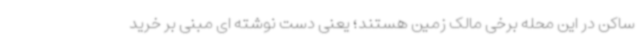
ساکن در این محله برخی مالک زمین هستند؛ یعنی دست نوشته ای مبنی بر خرید